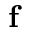
\mathbf { f }